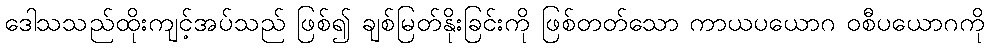
ဒေါသသည်ထိုးကျင့်အပ်သည် ဖြစ်၍ ချစ်မြတ်နိုးခြင်းကို ဖြစ်တတ်သော ကာယပယောဂ ဝစီပယောဂကို